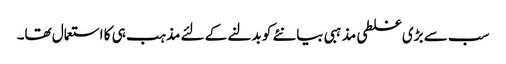
سب سے بڑی غلطی مذہبی بیانئے کو بدلنے کے لئے مذہب ہی کا استعمال تھا۔